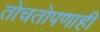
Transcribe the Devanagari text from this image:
तोचतोपणाही